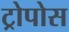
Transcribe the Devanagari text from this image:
ट्रोपोस